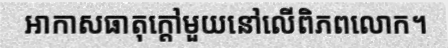
អាកាសធាតុក្តៅមួយនៅលើពិភពលោក។